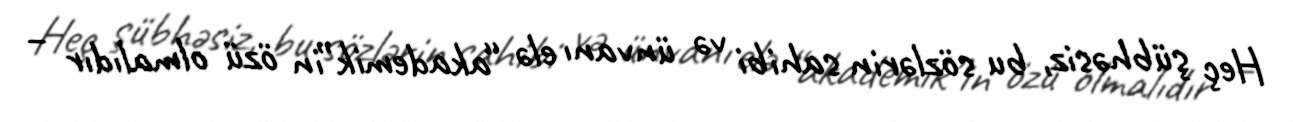
Heç şübhəsiz, bu sözlərin sahibi və ünvanı elə “akademik”in özü olmalıdır –